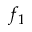
f _ { 1 }